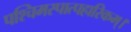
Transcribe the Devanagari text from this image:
पश्चिमस्पात्पहारिकम्।